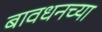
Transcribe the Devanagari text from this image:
बावधनच्या